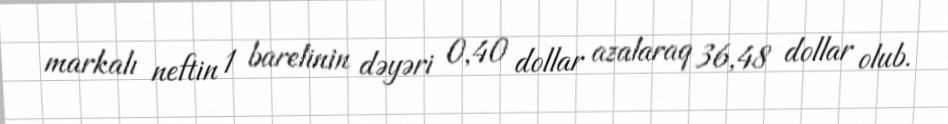
markalı neftin 1 barelinin dəyəri 0,40 dollar azalaraq 36,48 dollar olub.